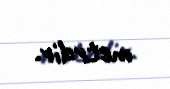
metrdir.